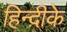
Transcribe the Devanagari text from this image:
हिन्दीके